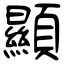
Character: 顯